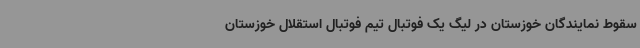
سقوط نمایندگان خوزستان در لیگ یک فوتبال تیم فوتبال استقلال خوزستان